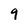
Character: 9